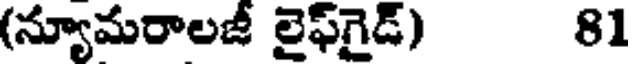
(న్యూమరాలజీ లైఫ్గైడ్) 81